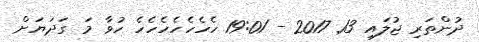
ދުންތަރި ޖުލައި 13